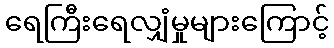
ရေကြီးရေလျှံမှုများကြောင့်